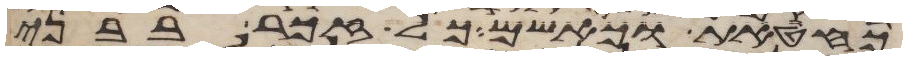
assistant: כחטאת כאשם כל זכר בבני